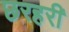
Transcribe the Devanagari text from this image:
छरहरी